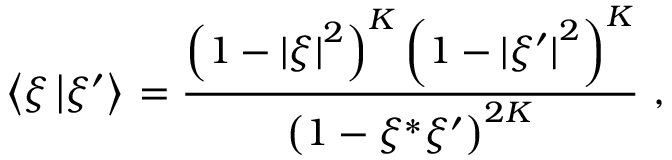
\left\langle { { \xi } \left\vert { \xi ^ { \prime } } \right\rangle } \right. = { \frac { \left( { 1 - { \vert \xi \vert } ^ { 2 } } \right) ^ { K } \left( { 1 - { \vert \xi ^ { \prime } \vert } ^ { 2 } } \right) ^ { K } } { \left( { 1 - \xi ^ { * } \xi ^ { \prime } } \right) ^ { 2 K } } } \ ,